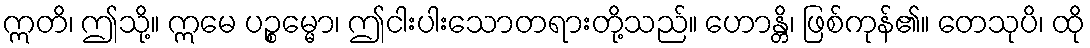
ဣတိ၊ ဤသို့။ ဣမေ ပဉ္စမ္မော၊ ဤငါးပါးသောတရားတို့သည်။ ဟောန္တိ၊ ဖြစ်ကုန်၏။ တေသုပိ၊ ထို